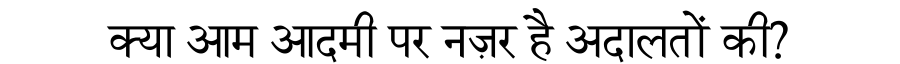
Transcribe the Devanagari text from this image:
क्या आम आदमी पर नज़र है अदालतों की?